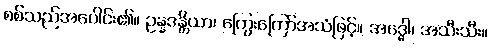
စစ်သည်အပေါင်း၏။ ဥန္နဒန္တိယာ၊ ကြွေးကြော်အသံဖြင့်။ အဒ္ဓေါ၊ အသီးသီး။